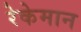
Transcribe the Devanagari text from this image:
रेकेमान